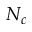
N _ { c }